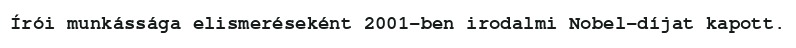
Írói munkássága elismeréseként 2001-ben irodalmi Nobel-díjat kapott.